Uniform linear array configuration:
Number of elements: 8
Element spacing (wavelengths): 0.5
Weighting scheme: binomial
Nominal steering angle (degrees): -15
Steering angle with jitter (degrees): -13.873
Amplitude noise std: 0.05
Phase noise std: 0.05

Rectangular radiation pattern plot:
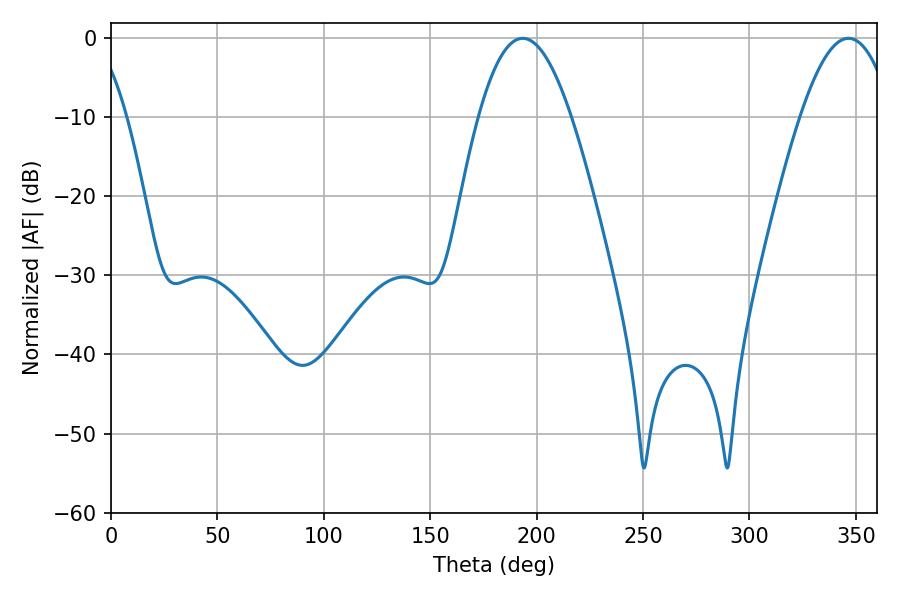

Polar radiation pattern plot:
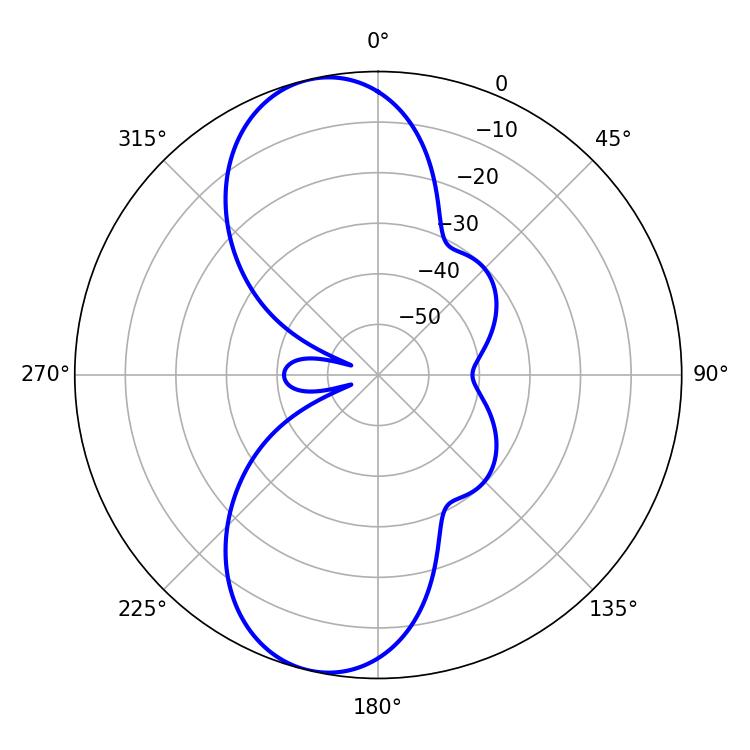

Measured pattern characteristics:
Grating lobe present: FALSE
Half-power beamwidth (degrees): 23.76
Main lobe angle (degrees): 193.5